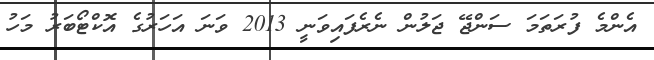
އެންމެ ފުރަތަމަ ސަންޖޭ ޖަލުން ނެރެފައިވަނީ 2013 ވަނަ އަހަރުގެ އޮކްޓޯބަރު މަހު